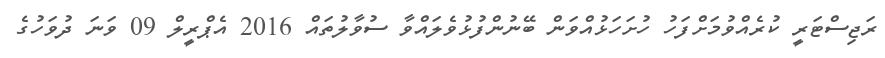
ރަޖިސްޓަރީ ކުރެއްވުމަށްފަހު ހުށަހަޅުއްވަން ބޭނުންފުޅުވެލައްވާ ސުވާލުތައް 2016 އެޕްރީލް 09 ވަނަ ދުވަހުގެ